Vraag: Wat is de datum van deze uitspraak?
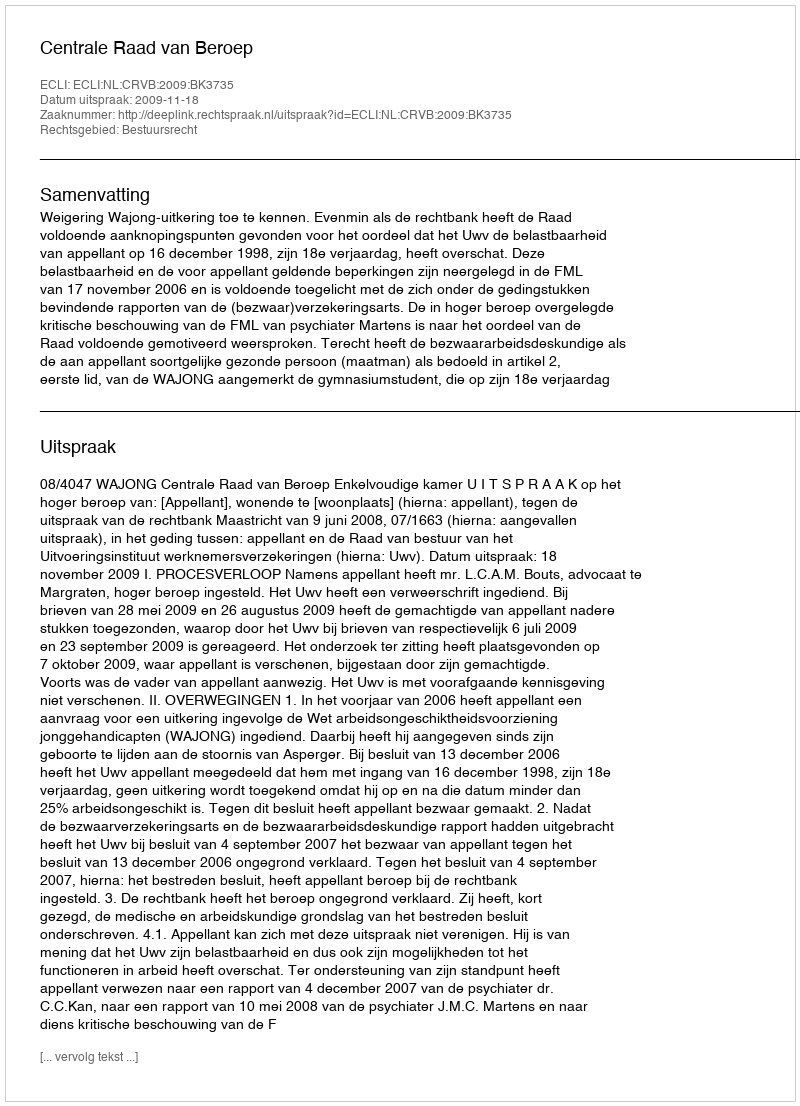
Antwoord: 2009-11-18